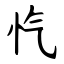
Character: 忾